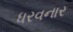
ધરવનાર